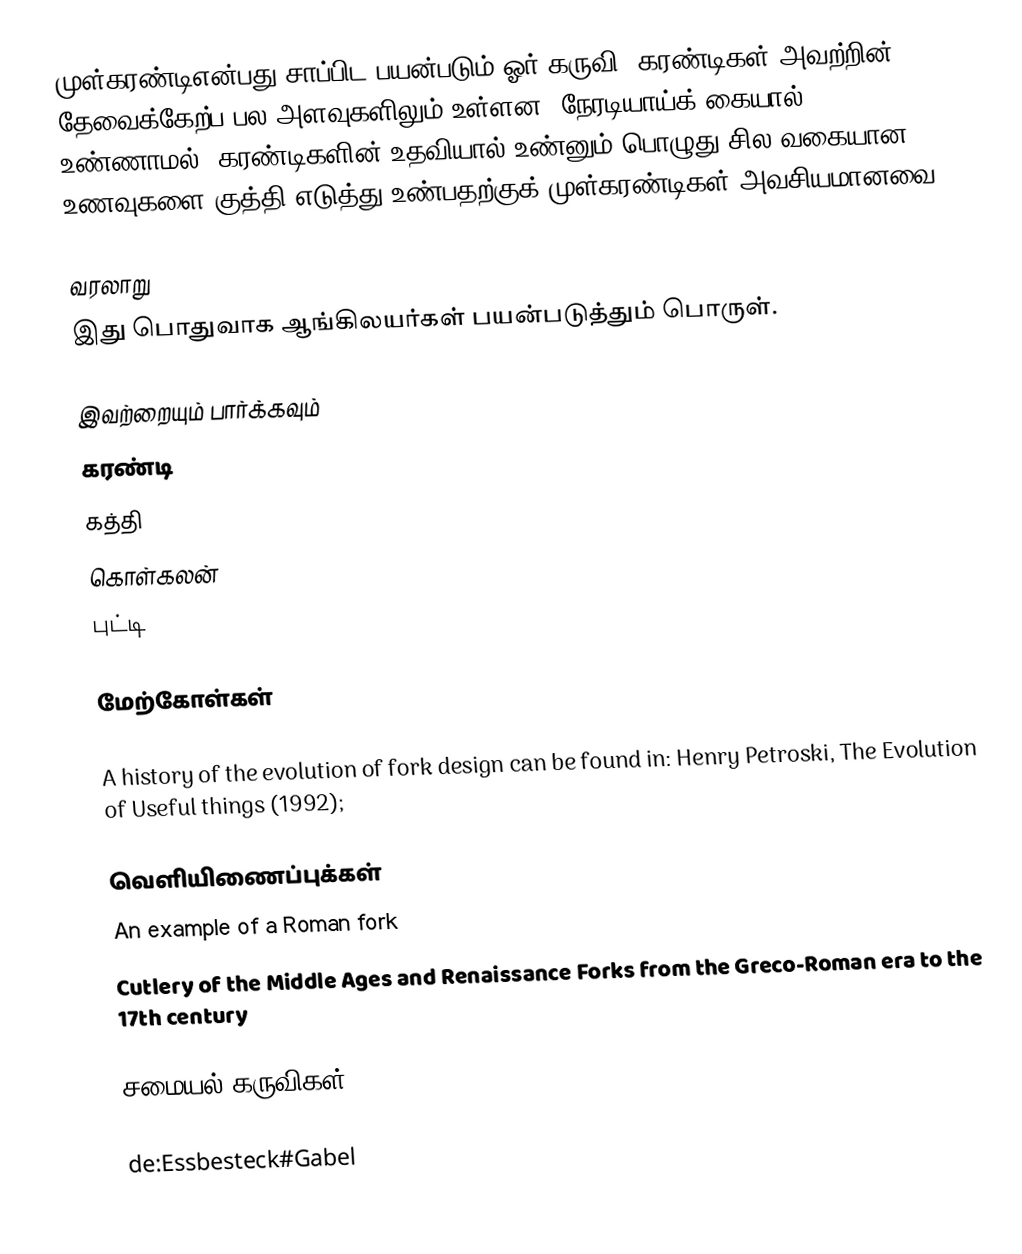
முள்கரண்டிஎன்பது சாப்பிட பயன்படும் ஓர் கருவி. கரண்டிகள் அவற்றின் தேவைக்கேற்ப பல அளவுகளிலும் உள்ளன. நேரடியாய்க் கையால் உண்ணாமல், கரண்டிகளின் உதவியால் உண்னும் பொழுது சில வகையான உணவுகளை குத்தி எடுத்து உண்பதற்குக் முள்கரண்டிகள் அவசியமானவை.

வரலாறு
இது பொதுவாக ஆங்கிலயர்கள் பயன்படுத்தும் பொருள்.

இவற்றையும் பார்க்கவும்
கரண்டி
கத்தி
கொள்கலன்
புட்டி

மேற்கோள்கள்

 A history of the evolution of fork design can be found in: Henry Petroski, The Evolution of Useful things (1992);

வெளியிணைப்புக்கள்
 An example of a Roman fork
 Cutlery of the Middle Ages and Renaissance Forks from the Greco-Roman era to the 17th century

சமையல் கருவிகள்

de:Essbesteck#Gabel